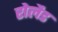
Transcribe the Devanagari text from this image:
रोलैड